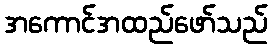
အကောင်အထည်ဖော်သည်